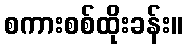
စကားစစ်ထိုးခန်း။